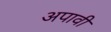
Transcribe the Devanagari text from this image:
अपावी